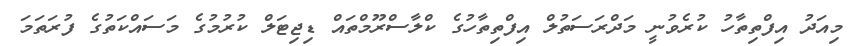
މިއަދު އިފްތިތާހު ކުރެވުނީ މަދްރަސަތުލް އިފްތިތާހުގެ ކްލާސްރޫމްތައް ޑިޖިޓަލް ކުރުމުގެ މަސައްކަތުގެ ފުރަތަމަ